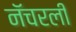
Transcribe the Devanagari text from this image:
नॅचरली